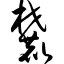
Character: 麓